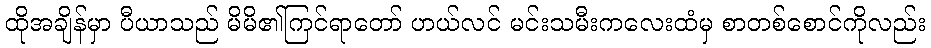
ထိုအချိန်မှာ ပီယာသည် မိမိ၏ကြင်ရာတော် ဟယ်လင် မင်းသမီးကလေးထံမှ စာတစ်စောင်ကိုလည်း